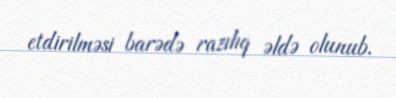
etdirilməsi barədə razılıq əldə olunub.